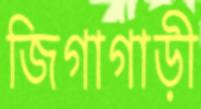
জিগাগাড়ী